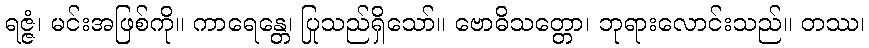
ရဇ္ဇံ၊ မင်းအဖြစ်ကို။ ကာရေန္တေ၊ ပြုသည်ရှိသော်။ ဗောဓိသတ္တော၊ ဘုရားလောင်းသည်။ တဿ၊